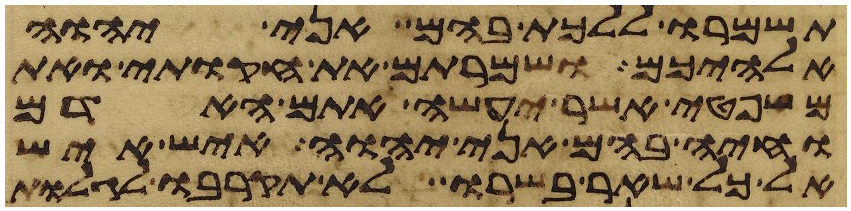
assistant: תשמרו ללכת בהם אני יהוה
אלהיכם ושמרתם את חקותי ואת
משפטי אשר יעשה אתם האדם
וחיה בהם אני יהוה איש איש
אל כל שאר בשרו לא תקרבו לגלות